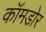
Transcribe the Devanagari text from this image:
कॉमडोर